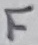
Text: F